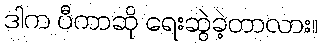
ဒါက ပီကာဆို ရေးဆွဲခဲ့တာလား။